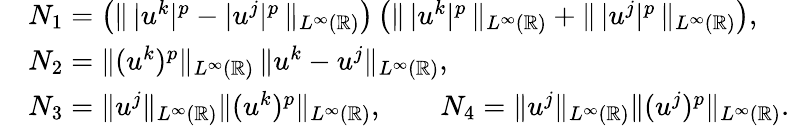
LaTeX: \begin{array}{rl}&{N_{1}=\left(\| \, |u^{k}|^{p}-|u^{j}|^{p}\, \| _{L^{\infty}(\mathbb{R})}\right)\left(\| \, |u^{k}|^{p}\, \| _{L^{\infty}(\mathbb{R})}+\| \, |u^{j}|^{p}\, \| _{L^{\infty}(\mathbb{R})}\right),}\\ &{N_{2}=\| (u^{k})^{p}\| _{L^{\infty}(\mathbb{R})}\, \| u^{k}-u^{j}\| _{L^{\infty}(\mathbb{R})},}\\ &{N_{3}=\| u^{j}\| _{L^{\infty}(\mathbb{R})}\| (u^{k})^{p}\| _{L^{\infty}(\mathbb{R})},\qquad N_{4}=\| u^{j}\| _{L^{\infty}(\mathbb{R})}\| (u^{j})^{p}\| _{L^{\infty}(\mathbb{R})}.}\end{array}